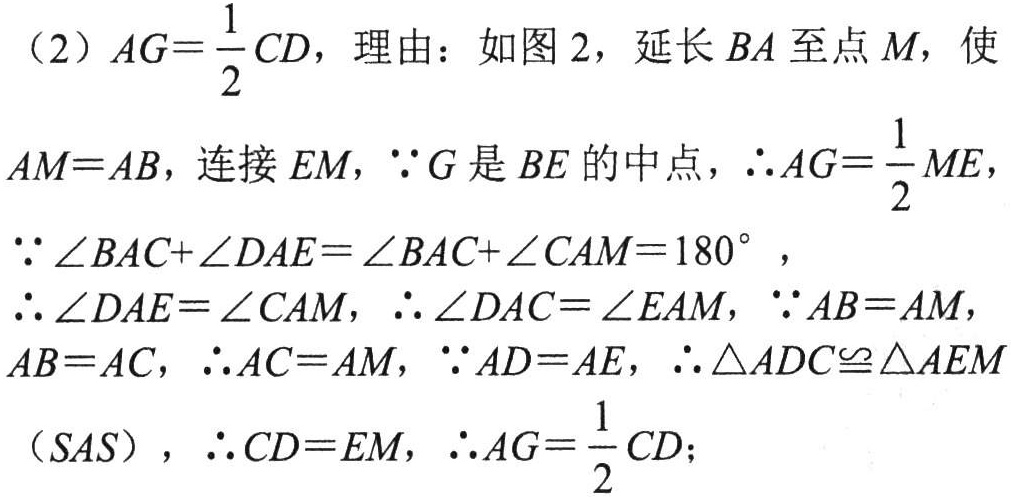
（2）\(AG = \dfrac{1}{2}CD\)，理由：如图 2，延长 \(BA\) 至点 \(M\)，使
\(AM = AB\)，连接 \(EM\)，\(\because G\) 是 \(BE\) 的中点，\(\therefore AG=\dfrac{1}{2}ME\)，
\(\because\angle BAC + \angle DAE=\angle BAC+\angle CAM = 180^{\circ}\) ，
\(\therefore\angle DAE=\angle CAM\)，\(\therefore\angle DAC=\angle EAM\)，\(\because AB = AM\)，
\(AB = AC\)，\(\therefore AC = AM\)，\(\because AD = AE\)，\(\therefore\triangle ADC\cong\triangle AEM\)
（\(SAS\)），\(\therefore CD = EM\)，\(\therefore AG=\dfrac{1}{2}CD\)；